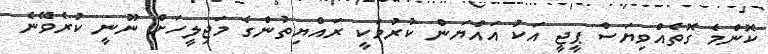
ކޮންމެ ގޮތެއްވިޔަސް ޕީޖީ އަކު އައްޔަން ކުރުމަކީ ރައްޔިތުންގެ މަޖިލީހަށް ނޫނީ ކުރެވޭނެ